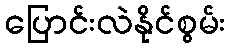
ပြောင်းလဲနိုင်စွမ်း